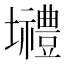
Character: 𡓾